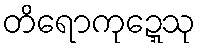
တိရောကုဍ္ဍေသု